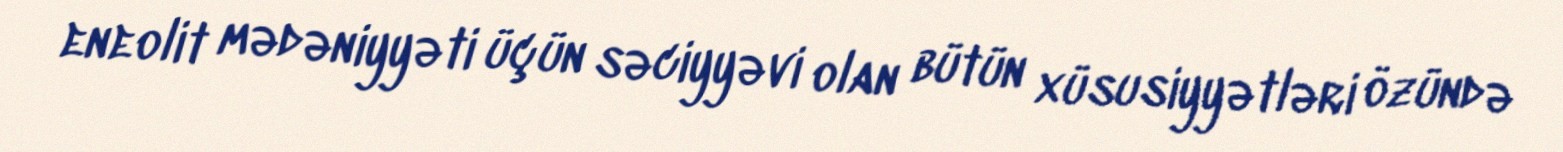
eneolit mədəniyyəti üçün səciyyəvi olan bütün xüsusiyyətləri özündə